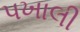
પખાલી